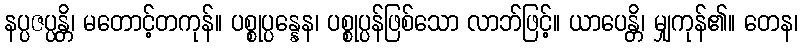
နပ္ပဇပ္ပန္တိ၊ မတောင့်တကုန်။ ပစ္စုပ္ပန္နေန၊ ပစ္စုပ္ပန်ဖြစ်သော လာဘ်ဖြင့်။ ယာပေန္တိ၊ မျှကုန်၏။ တေန၊